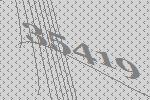
35419